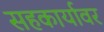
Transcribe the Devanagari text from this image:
सहकार्यावर